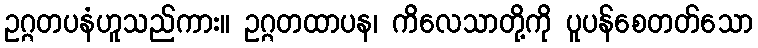
ဥဂ္ဂတပနံဟူသည်ကား။ ဥဂ္ဂတထာပန၊ ကိလေသာတို့ကို ပူပန်စေတတ်သော